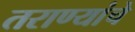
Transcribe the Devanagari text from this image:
तराण्यांचे